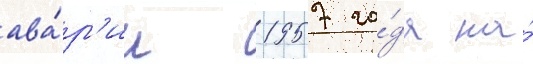
ава́р'ии 1957 го́да на́